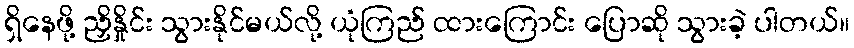
ရှိနေဖို့ ညှိနှိုင်း သွားနိုင်မယ်လို့ ယုံကြည် ထားကြောင်း ပြောဆို သွားခဲ့ ပါတယ်။